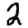
Digit: 2